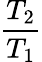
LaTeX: \frac{T_{2}}{T_{1}}